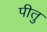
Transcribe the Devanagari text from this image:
पीतु